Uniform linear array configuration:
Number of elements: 48
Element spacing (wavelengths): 0.75
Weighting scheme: hann
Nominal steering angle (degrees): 45
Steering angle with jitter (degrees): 44.491
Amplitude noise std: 0.05
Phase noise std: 0.05

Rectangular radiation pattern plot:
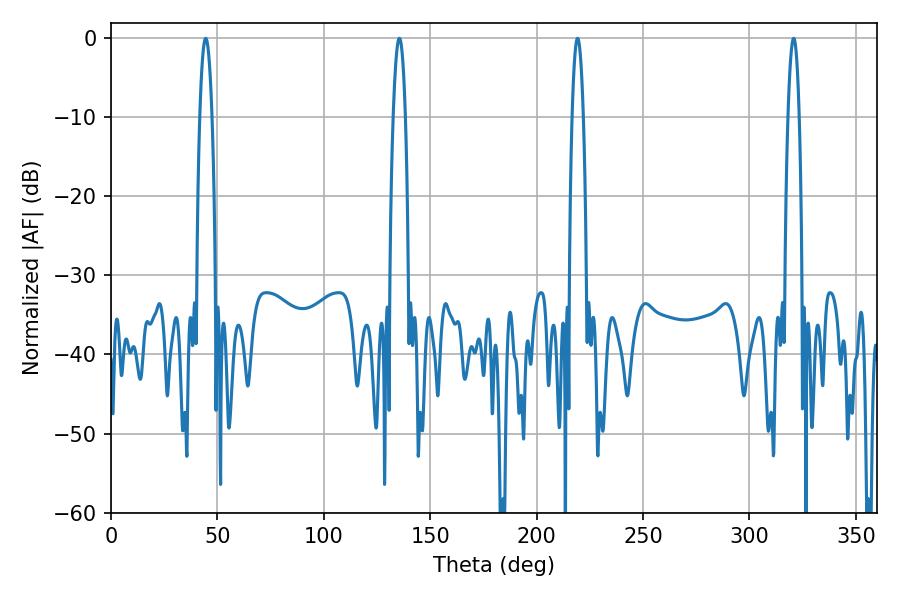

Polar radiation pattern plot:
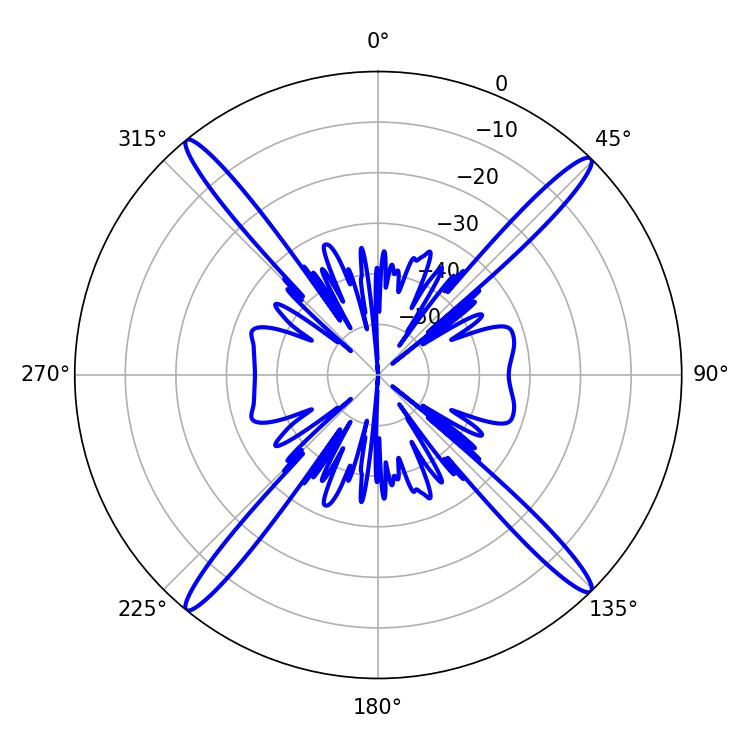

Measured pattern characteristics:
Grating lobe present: TRUE
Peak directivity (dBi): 21.435
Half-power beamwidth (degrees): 2.88
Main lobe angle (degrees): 219.24